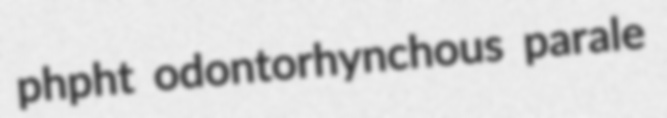
phpht odontorhynchous parale